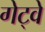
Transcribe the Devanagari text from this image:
गेट्वे